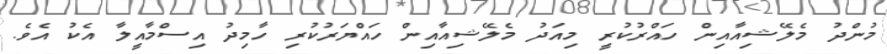
މުންދު މެލޭޝިއާއިން ހައްރުކުރީ މިއަދު މެލޭޝިއާއިން ހައްޔަރުކުރި ހާމިދު އިސްމާއީލާ އެކު އެވެ.